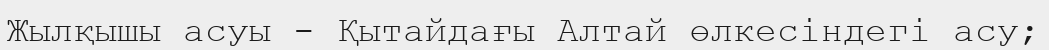
Жылқышы асуы - Қытайдағы Алтай өлкесіндегі асу;